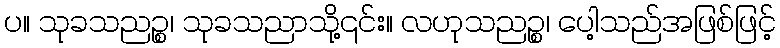
ပ။ သုခသညဉ္စ၊ သုခသညာသို့၎င်း။ လဟုသညဉ္စ၊ ပေါ့သည်အဖြစ်ဖြင့်